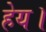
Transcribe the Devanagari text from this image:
हेय।